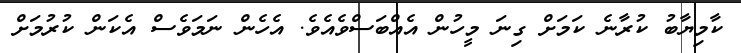
ކާމިޔާބު ކުރާނެ ކަމަށް ގިނަ މީހުން އެއްބަސްވެއެވެ. އެހެން ނަމަވެސް އެކަން ކުރުމަށް